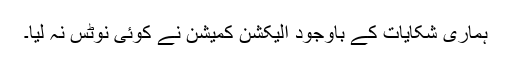
ہماری شکایات کے باوجود الیکشن کمیشن نے کوئی نوٹس نہ لیا۔